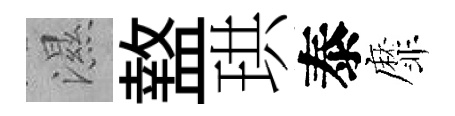
濕盩珙泰靡